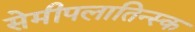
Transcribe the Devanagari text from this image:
सेमीपलातिन्स्क